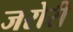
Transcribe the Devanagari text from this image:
जरोरी